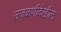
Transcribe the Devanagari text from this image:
उजळणीदेखील